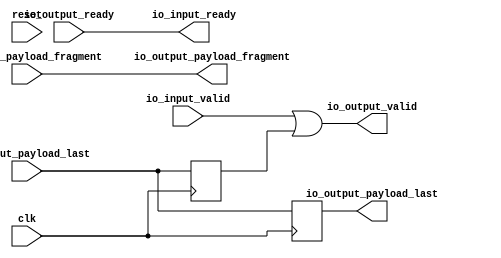
// Generator : SpinalHDL v1.8.0    git head : 4e3563a282582b41f4eaafc503787757251d23ea
// Component : TxInterFrame
// Git hash  : f5ddcb1ebf9f3ce9c9d1466683ee01761d80916d

`timescale 1ns/1ps

module TxInterFrame (
  input               io_input_valid,
  output              io_input_ready,
  input               io_input_payload_last,
  input      [31:0]   io_input_payload_fragment,
  output              io_output_valid,
  input               io_output_ready,
  output              io_output_payload_last,
  output     [31:0]   io_output_payload_fragment,
  input               clk,
  input               reset
);

  reg                 io_input_payload_last_regNext;
  reg                 io_input_payload_last_regNext_1;

  assign io_output_payload_fragment = io_input_payload_fragment; // @[TxSimpleBus.scala 207:30]
  assign io_output_valid = (io_input_valid || io_input_payload_last_regNext); // @[TxSimpleBus.scala 208:19]
  assign io_input_ready = io_output_ready; // @[TxSimpleBus.scala 209:18]
  assign io_output_payload_last = io_input_payload_last_regNext_1; // @[TxSimpleBus.scala 210:26]
  always @(posedge clk) begin
    io_input_payload_last_regNext <= io_input_payload_last; // @[Reg.scala 39:30]
    io_input_payload_last_regNext_1 <= io_input_payload_last; // @[Reg.scala 39:30]
  end


endmodule